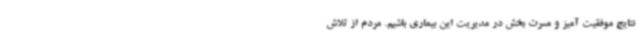
نتایج موفقیت آمیز و مسرت بخش در مدیریت این بیماری باشیم. مردم از تلاش